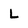
Character: L